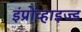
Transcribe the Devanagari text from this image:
इंप्रोव्हाइज्ड